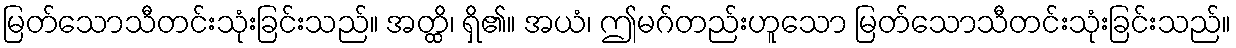
မြတ်သောသီတင်းသုံးခြင်းသည်။ အတ္ထိ၊ ရှိ၏။ အယံ၊ ဤမဂ်တည်းဟူသော မြတ်သောသီတင်းသုံးခြင်းသည်။